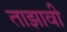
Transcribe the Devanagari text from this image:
ताझावी